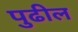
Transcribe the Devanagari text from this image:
पुुढील